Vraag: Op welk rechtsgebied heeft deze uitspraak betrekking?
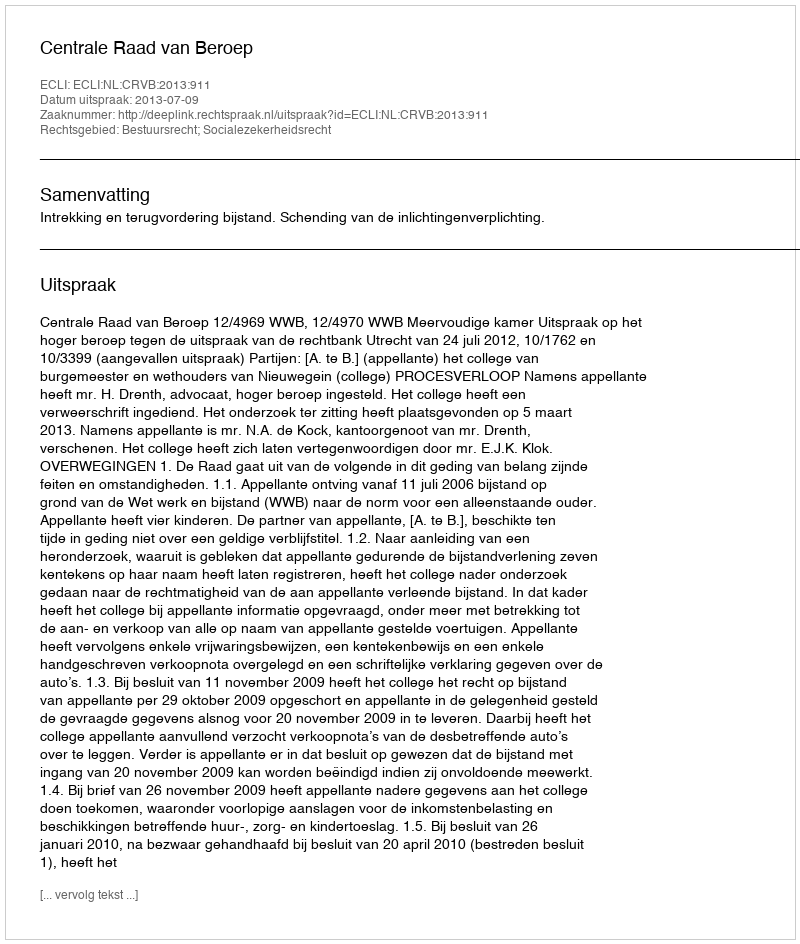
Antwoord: Bestuursrecht; Socialezekerheidsrecht